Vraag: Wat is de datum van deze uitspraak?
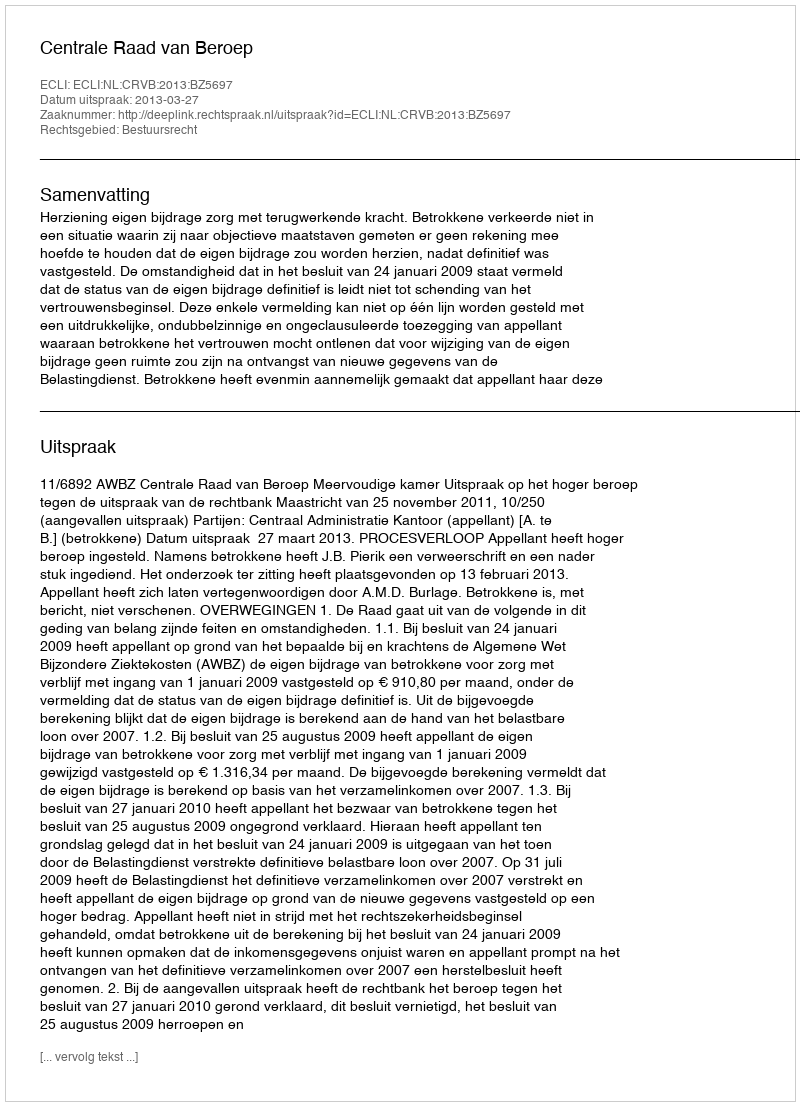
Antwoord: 2013-03-27